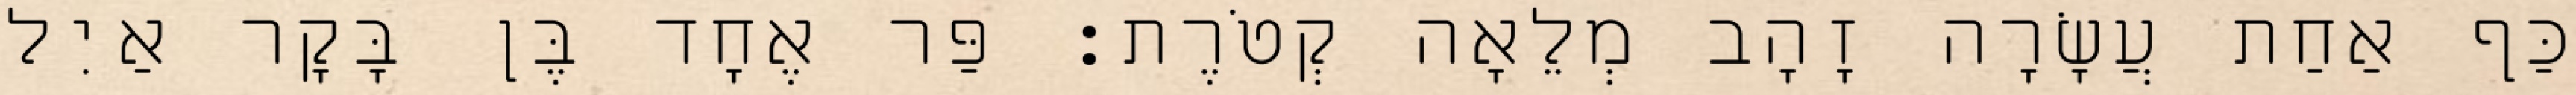
כַּף אַחַת עֲשָׂרָה זָהָב מְלֵאָה קְטֹרֶת׃ פַּר אֶחָד בֶּן בָּקָר אַיִל